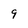
Character: 9